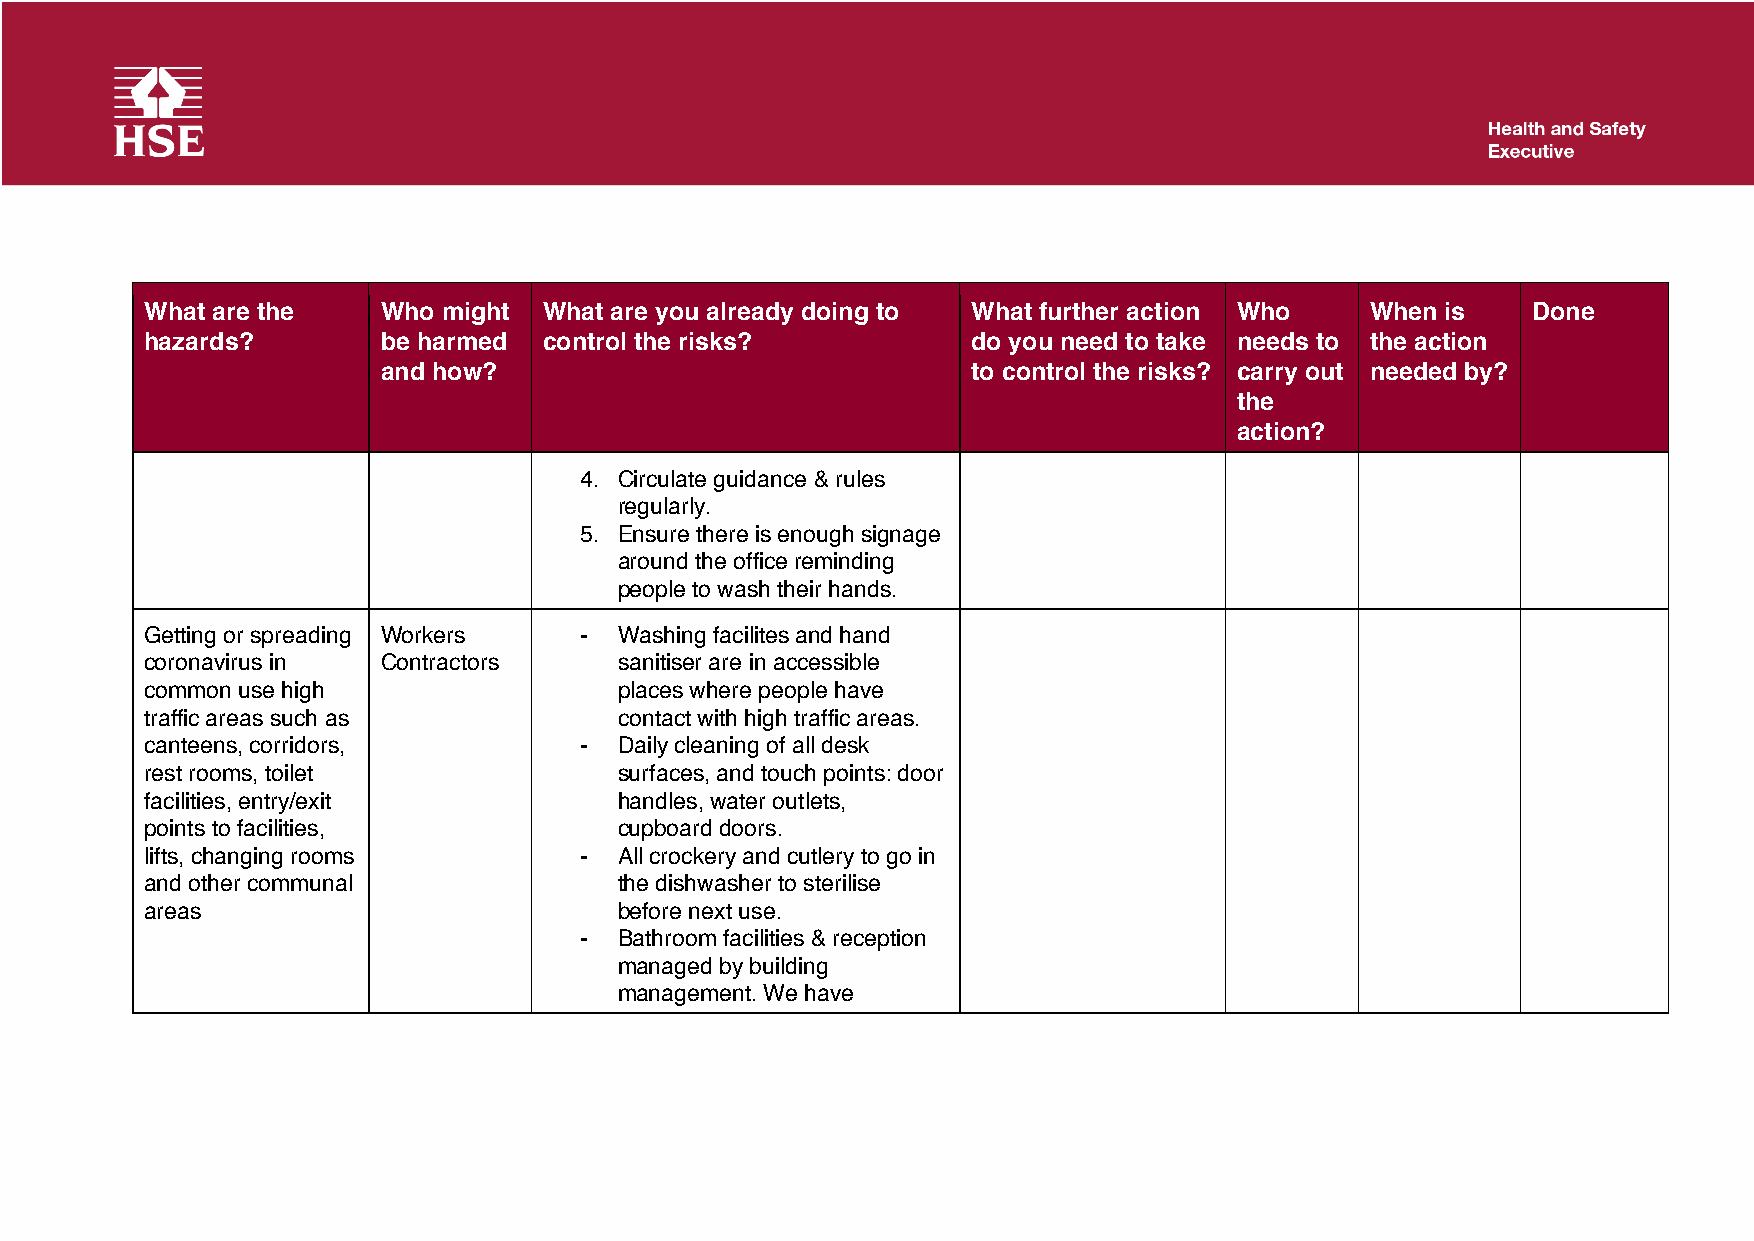
What are the   Who might  What are you already doing to What further action Who  When is   Done
 hazards?       be harmed  control the risks?          do you need to take needs to the action
 and how?                               to control the risks? carry out needed by?
 the
 action?
 4. Circulate guidance & rules
 regularly.
 5. Ensure there is enough signage
 around the office reminding
 people to wash their hands.
 Getting or spreading Workers - Washing facilites and hand
 coronavirus in Contractors     sanitiser are in accessible
 common use high                places where people have
 traffic areas such as          contact with high traffic areas.
 canteens, corridors,        -  Daily cleaning of all desk
 rest rooms, toilet             surfaces, and touch points: door
 facilities, entry/exit         handles, water outlets,
 points to facilities,          cupboard doors.
 lifts, changing rooms       -  All crockery and cutlery to go in
 and other communal             the dishwasher to sterilise
 areas                          before next use.
 -  Bathroom facilities & reception
 managed by building
 management. We have